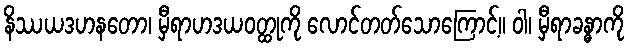
နိဿယဒဟနတော၊ မှီရာဟဒယဝတ္ထုကို လောင်တတ်သောကြောင့်။ ဝါ၊ မှီရာခန္ဓာကို